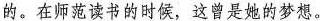
的。在师范读书的时候，这曾是她的梦想。